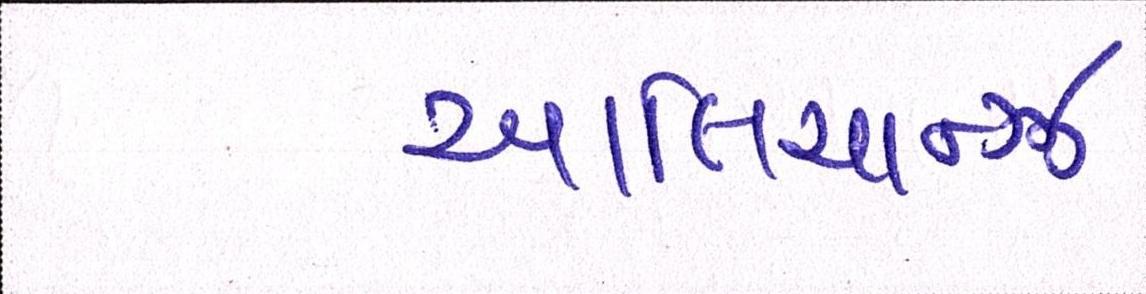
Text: આલિયાન્ઝ